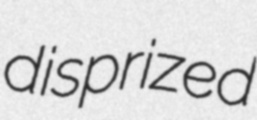
disprized